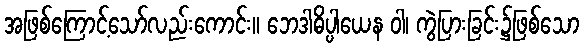
အဖြစ်ကြောင့်သော်လည်းကောင်း။ ဘေဒါဓိပ္ပါယေန ဝါ၊ ကွဲပြားခြင်း၌ဖြစ်သော